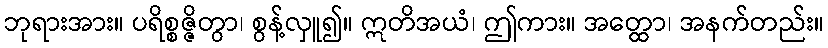
ဘုရားအား။ ပရိစ္စဇ္ဇိတွာ၊ စွန့်လှူ၍။ ဣတိအယံ၊ ဤကား။ အတ္ထော၊ အနက်တည်း။